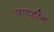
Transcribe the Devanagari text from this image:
प्राच्हीन